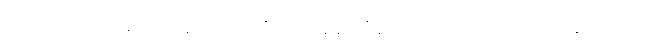
ကိုရင်ဂို၊ မကော်နီ၊ လင်းနစ်၊ သားကြီး၊ ဆိုင်စံနဲ့ သီချင်းမှာ ပါဝင်အားဖြည့် သီဆိုကြမယ့်